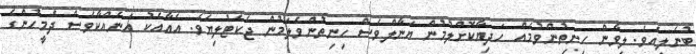
ބުނެލިއެވެ. ލިވާން ހިނިތުންވުމެއް ހަދިޔާކޮށްލުމުން ޔަނާލްވެސް ހިނިތުންވެލަމުން ޖެކެޓުލިޔެވެ. އެއާއެކު އަނެއްކާވެސް ދެމީހުންގެ